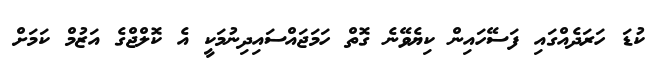
ކުޑަ ހަރަދެއްގައި ފަސޭހައިން ކިޔެވޭނެ ގޮތް ހަމަޖައްސައިދިނުމަކީ އެ ކޮލްޖްގެ އަޒުމް ކަމަށް